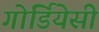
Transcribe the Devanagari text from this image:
गोर्डियेसी